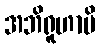
အဘိရူဟာမိ